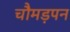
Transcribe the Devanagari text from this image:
चौमड़पन